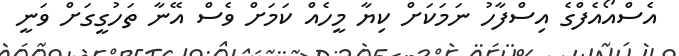
އެސްއޯއެފްގެ އިސްފާހު ނަމަކަށް ކިޔާ މީހެއް ކަމަށް ވެސް އޭނާ ތަހުގީގަށް ވަނީ